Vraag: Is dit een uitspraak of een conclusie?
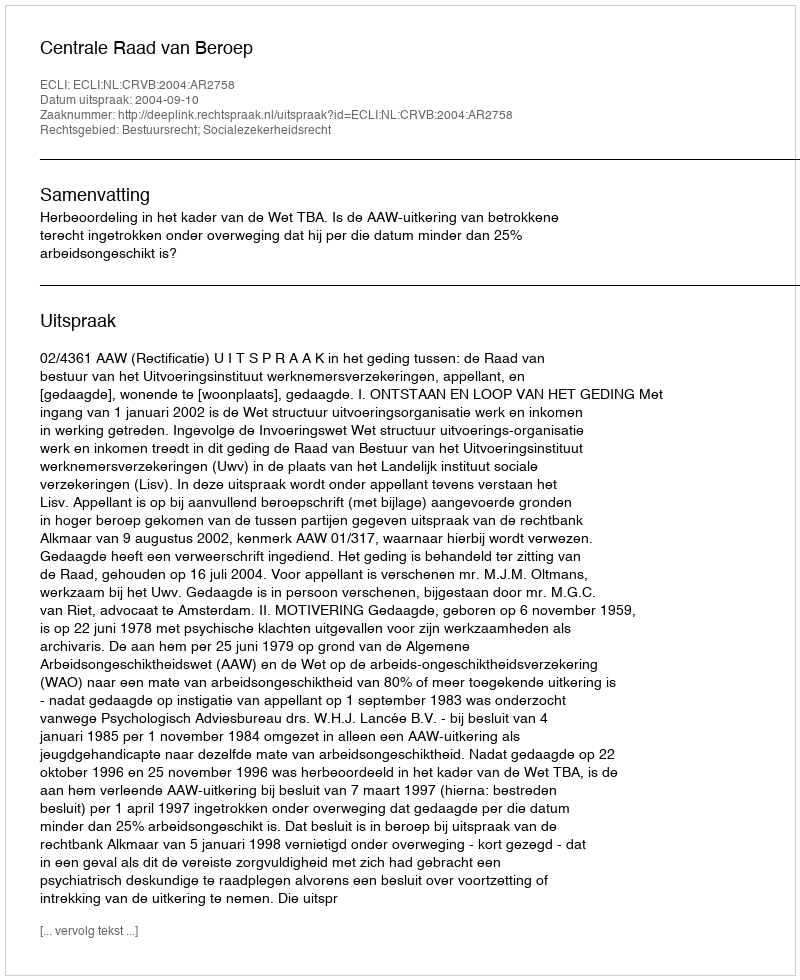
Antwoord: Uitspraak